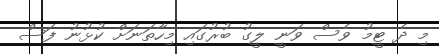
މި ދެ ޓީމު ވެސް ވަނީ ލީގު ބުރުގައި މިހާތަނަށް ކުޅުނު ފަސް